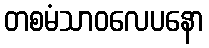
တစမံသာဝလေပနော